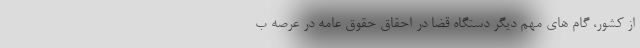
از کشور، گام های مهم دیگر دستگاه قضا در احقاق حقوق عامه در عرصه ب